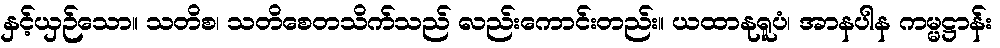
နှင့်ယှဉ်သော။ သတိစ၊ သတိစေတသိက်သည် လည်းကောင်းတည်း။ ယထာနုရူပံ၊ အာနပါန ကမ္မဋ္ဌာန်း